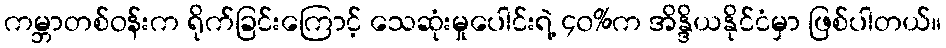
ကမ္ဘာတစ်ဝန်းက ရိုက်ခြင်းကြောင့် သေဆုံးမှုပေါင်းရဲ့ ၄၀%က အိန္ဒိယနိုင်ငံမှာ ဖြစ်ပါတယ်။